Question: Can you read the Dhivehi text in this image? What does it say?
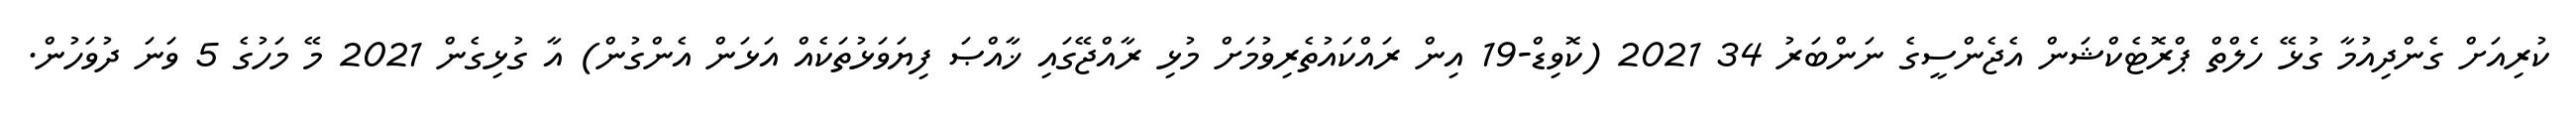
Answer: ކުރިއަށް ގެންދިއުމާ ގުޅޭ ހެލްތް ޕްރޮޓެކްޝަން އެޖެންސީގެ ނަންބަރު 34 2021 (ކޮވިޑް-19 އިން ރައްކައުތެރިވުމަށް މުޅި ރާއްޖޭގައި ޚާއްޞަ ފިޔަވަޅުތަކެއް އަޅަން އެންގުން) އާ ގުޅިގެން 2021 މޭ މަހުގެ 5 ވަނަ ދުވަހުން.